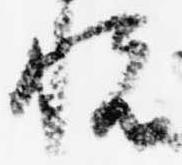
悦